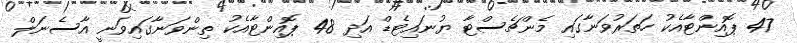
47 ޕޮއިންޓާއެކު ހަތަރުވަނާގައި މެންޗެސްޓާ ޔުނައިޓެޑް އަދި 48 ޕޮއިންޓާއެކު ތިންވަނާގައިވަނީ އާސެނަލް